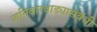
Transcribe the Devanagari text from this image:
शनिवारवाड्यासंबंधी